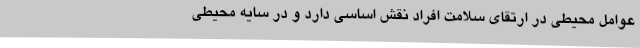
عوامل‌ محیطی در ارتقای سلامت‌ افراد نقش‌ اساسی دارد و در سایه محیطی